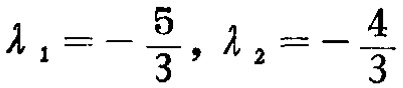
\(\lambda _{1}=-\frac {5}{3},\lambda _{2}=-\frac {4}{3}\)